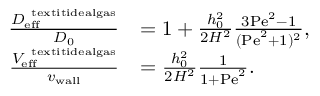
\begin{array} { r l } { \frac { D _ { \mathrm { e f f } } ^ { \mathrm { \ t e x t i t { i d e a l g a s } } } } { D _ { 0 } } } & { = 1 + \frac { h _ { 0 } ^ { 2 } } { 2 H ^ { 2 } } \frac { 3 \mathrm { P e } ^ { 2 } - 1 } { ( \mathrm { P e } ^ { 2 } + 1 ) ^ { 2 } } , } \\ { \frac { V _ { \mathrm { e f f } } ^ { \mathrm { \ t e x t i t { i d e a l g a s } } } } { v _ { \mathrm { w a l l } } } } & { = \frac { h _ { 0 } ^ { 2 } } { 2 H ^ { 2 } } \frac { 1 } { 1 + \mathrm { P e } ^ { 2 } } . } \end{array}